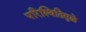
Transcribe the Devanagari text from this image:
परिस्थितिमुळे